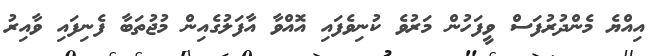
އިއްޔެ މެންދުރުފަސް ވީފަހުން މަރުވެ ކުނިވެފައި އޮއްވާ އާފަލުގެއިން މުޖުތަބާ ފެނިފައި ވާއިރު